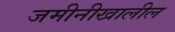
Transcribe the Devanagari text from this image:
जमीनीखालील